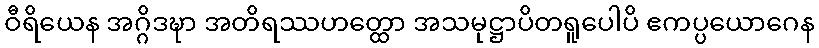
ဝီရိယေန အဂ္ဂိဒဍ္ဎာ အတိရဿဟတ္ထော အသမုဋ္ဌာပိတရူပေါပိ ဧကပ္ပယောဂေန